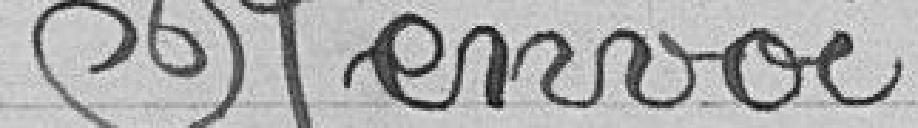
Renvoi